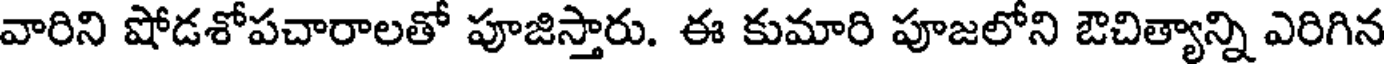
వారిని షోడశోపచారాలతో పూజిస్తారు. ఈ కుమారి పూజలోని ఔచిత్యాన్ని ఎరిగిన